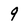
Character: 9